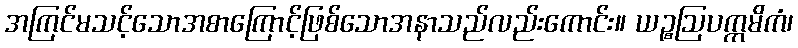
အကြင်မသင့်သောအစာကြောင့်ဖြစ်သောအနာသည်လည်းကောင်း။ ယဉ္စဩပက္ကမိကံ၊